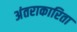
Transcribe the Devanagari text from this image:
अंतराकारिता